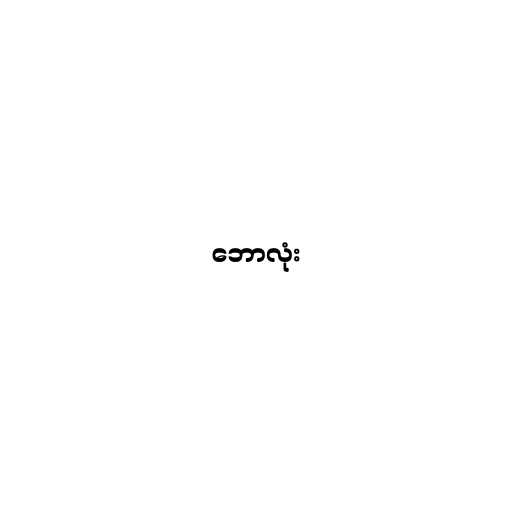
ဘောလုံး